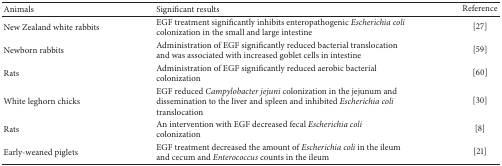
<table><thead><tr><td><b>Animals</b></td><td><b>Significant results</b></td><td><b>Reference</b></td></tr></thead><tbody><tr><td>New Zealand white rabbits</td><td>EGF treatment significantly inhibits enteropathogenic <i>Escherichia coli </i>colonization in the small and large intestine</td><td>[27]</td></tr><tr><td>Newborn rabbits</td><td>Administration of EGF significantly reduced bacterial translocation and was associated with increased goblet cells in intestine</td><td>[59]</td></tr><tr><td>Rats</td><td>Administration of EGF significantly reduced aerobic bacterial colonization</td><td>[60]</td></tr><tr><td>White leghorn chicks</td><td>EGF reduced <i>Campylobacter jejuni </i>colonization in the jejunum and dissemination to the liver and spleen and inhibited<i> Escherichia coli </i>translocation</td><td>[30]</td></tr><tr><td>Rats</td><td>An intervention with EGF decreased fecal <i>Escherichia coli</i> colonization</td><td>[8]</td></tr><tr><td>Early-weaned piglets </td><td>EGF treatment decreased the amount of<i> Escherichia coli</i> in the ileum and cecum and <i>Enterococcus</i> counts in the ileum</td><td>[21]</td></tr></tbody></table>